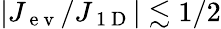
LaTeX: |J_{\mathrm{~e~v~}}/J_{\mathrm{~1~D~}}|\lesssim 1/2